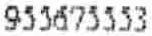
955675553